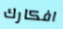
افكارك